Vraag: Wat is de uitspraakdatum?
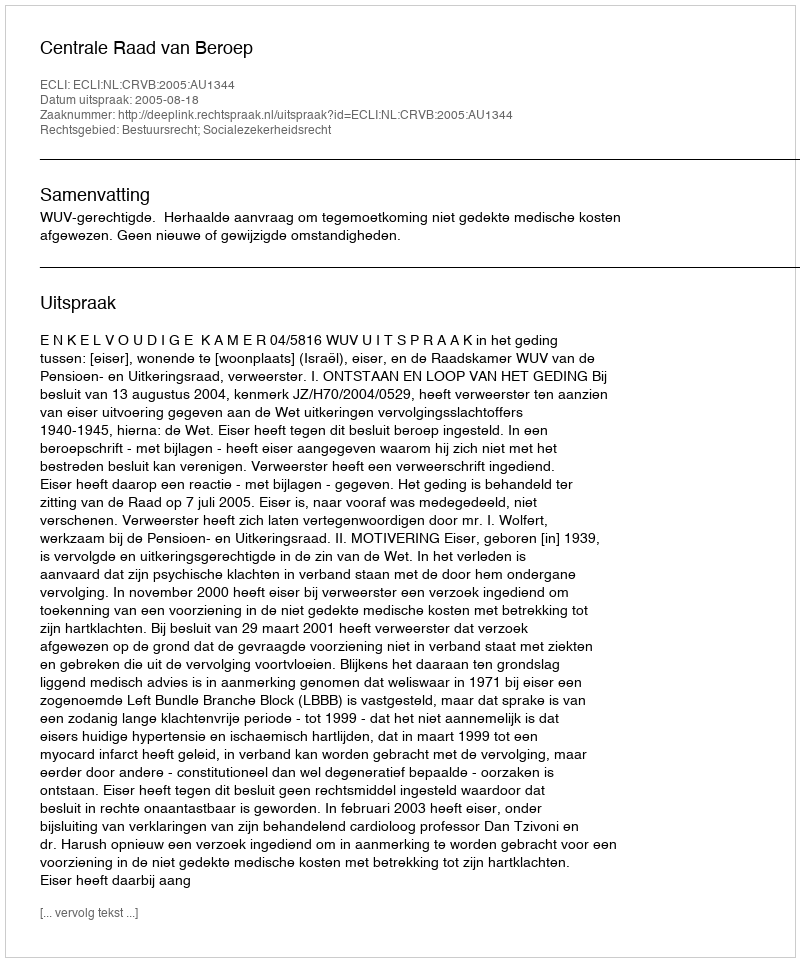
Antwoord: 2005-08-18